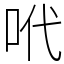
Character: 𠰺